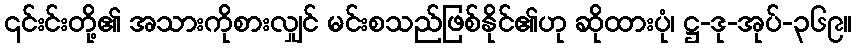
၎င်းင်းတို့၏ အသားကိုစားလျှင် မင်းစသည်ဖြစ်နိုင်၏ဟု ဆိုထားပုံ၊ ဋ္ဌ-ဒု-အုပ်-၃၆၉။